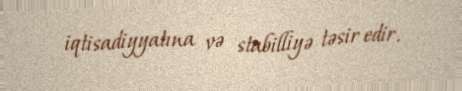
iqtisadiyyatına və stabilliyə təsir edir.